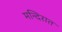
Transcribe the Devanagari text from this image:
मन्दिरात